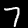
Label: 7